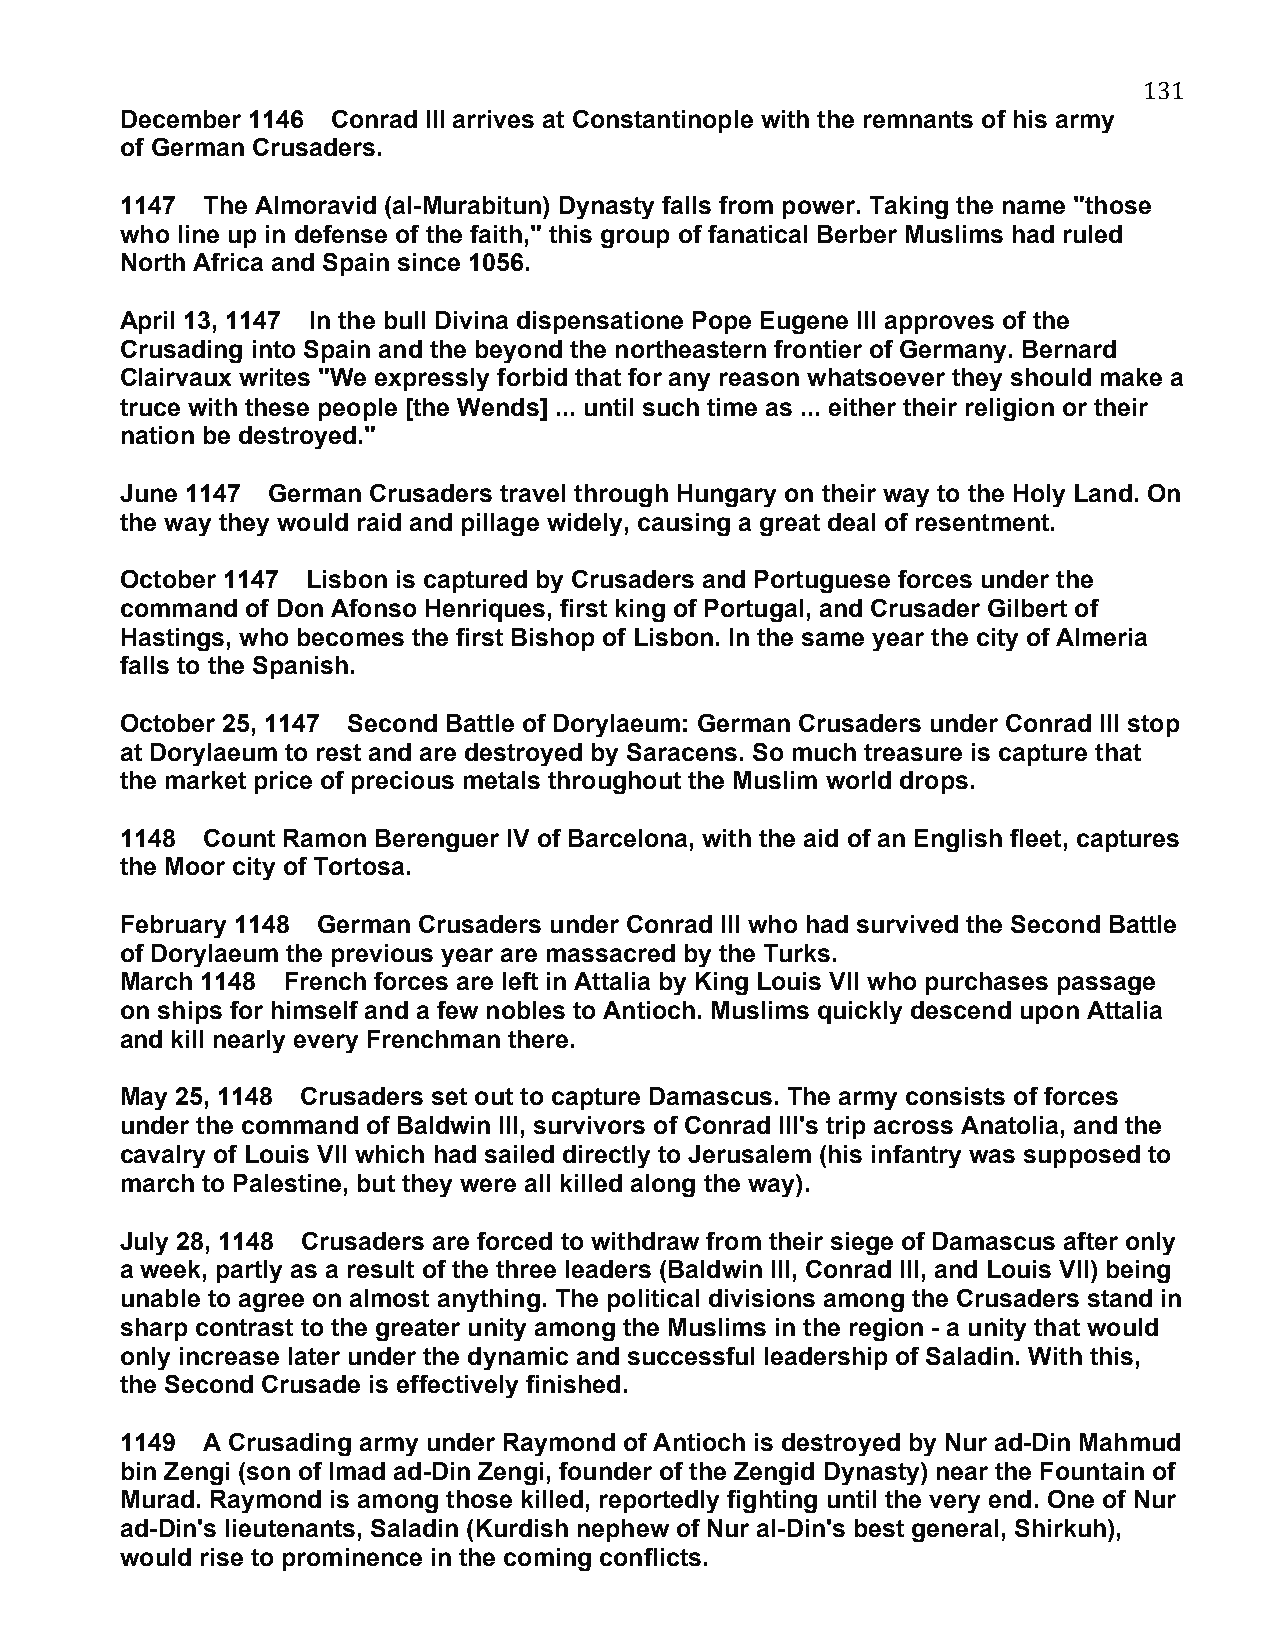
131
 December 1146 Conrad III arrives at Constantinople with the remnants of his army
 of German Crusaders.
 1147 The Almoravid (al-Murabitun) Dynasty falls from power. Taking the name "those
 who line up in defense of the faith," this group of fanatical Berber Muslims had ruled
 North Africa and Spain since 1056.
 April 13, 1147 In the bull Divina dispensatione Pope Eugene III approves of the
 Crusading into Spain and the beyond the northeastern frontier of Germany. Bernard
 Clairvaux writes "We expressly forbid that for any reason whatsoever they should make a
 truce with these people [the Wends] ... until such time as ... either their religion or their
 nation be destroyed."
 June 1147 German Crusaders travel through Hungary on their way to the Holy Land. On
 the way they would raid and pillage widely, causing a great deal of resentment.
 October 1147 Lisbon is captured by Crusaders and Portuguese forces under the
 command of Don Afonso Henriques, first king of Portugal, and Crusader Gilbert of
 Hastings, who becomes the first Bishop of Lisbon. In the same year the city of Almeria
 falls to the Spanish.
 October 25, 1147 Second Battle of Dorylaeum: German Crusaders under Conrad III stop
 at Dorylaeum to rest and are destroyed by Saracens. So much treasure is capture that
 the market price of precious metals throughout the Muslim world drops.
 1148 Count Ramon Berenguer IV of Barcelona, with the aid of an English fleet, captures
 the Moor city of Tortosa.
 February 1148 German Crusaders under Conrad III who had survived the Second Battle
 of Dorylaeum the previous year are massacred by the Turks.
 March 1148 French forces are left in Attalia by King Louis VII who purchases passage
 on ships for himself and a few nobles to Antioch. Muslims quickly descend upon Attalia
 and kill nearly every Frenchman there.
 May 25, 1148 Crusaders set out to capture Damascus. The army consists of forces
 under the command of Baldwin III, survivors of Conrad III's trip across Anatolia, and the
 cavalry of Louis VII which had sailed directly to Jerusalem (his infantry was supposed to
 march to Palestine, but they were all killed along the way).
 July 28, 1148 Crusaders are forced to withdraw from their siege of Damascus after only
 a week, partly as a result of the three leaders (Baldwin III, Conrad III, and Louis VII) being
 unable to agree on almost anything. The political divisions among the Crusaders stand in
 sharp contrast to the greater unity among the Muslims in the region - a unity that would
 only increase later under the dynamic and successful leadership of Saladin. With this,
 the Second Crusade is effectively finished.
 1149 A Crusading army under Raymond of Antioch is destroyed by Nur ad-Din Mahmud
 bin Zengi (son of Imad ad-Din Zengi, founder of the Zengid Dynasty) near the Fountain of
 Murad. Raymond is among those killed, reportedly fighting until the very end. One of Nur
 ad-Din's lieutenants, Saladin (Kurdish nephew of Nur al-Din's best general, Shirkuh),
 would rise to prominence in the coming conflicts.